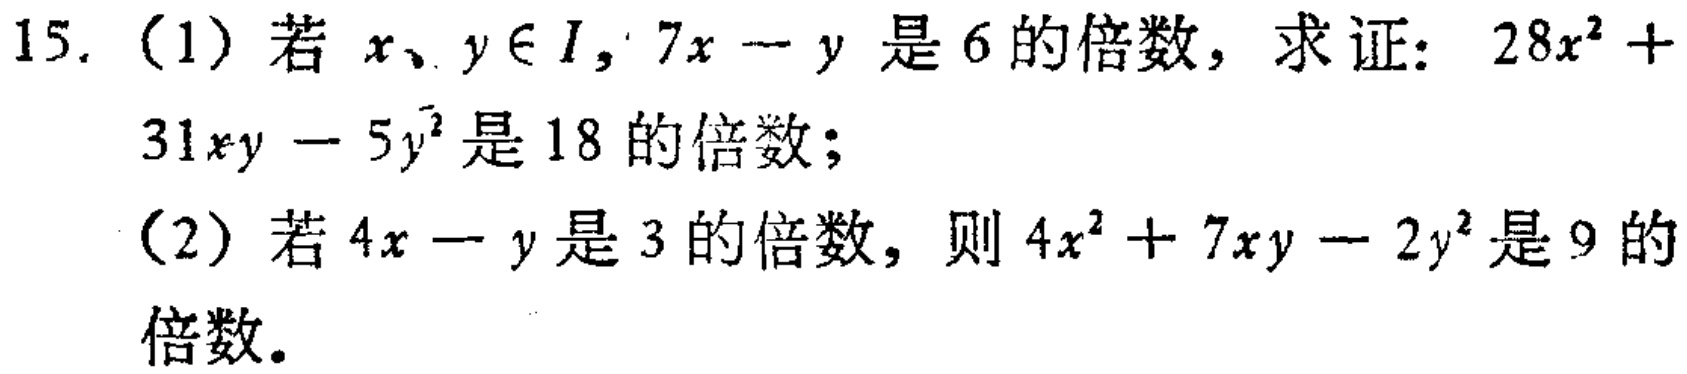
15. (1) 若 \(x,y\in I\)，\(7x - y\) 是 \(6\) 的倍数，求证：\(28x^{2}+31xy - 5y^{2}\) 是 \(18\) 的倍数；
(2) 若 \(4x - y\) 是 \(3\) 的倍数，则 \(4x^{2}+7xy - 2y^{2}\) 是 \(9\) 的倍数。